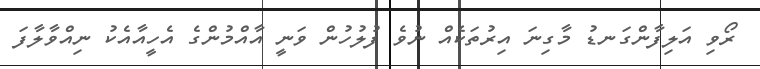
ރޯވި އަލިފާންގަނޑު މާގިނަ އިރުތަކެއް ނުވެ ފުލުހުން ވަނީ އާއްމުންގެ އެހީއާއެކު ނިއްވާލާފަ